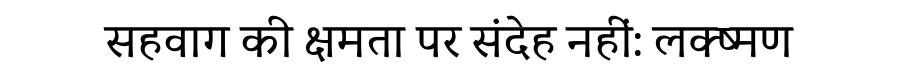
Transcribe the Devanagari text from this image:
सहवाग की क्षमता पर संदेह नहीं: लक्ष्मण